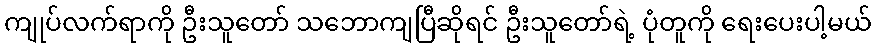
ကျုပ်လက်ရာကို ဦးသူတော် သဘောကျပြီဆိုရင် ဦးသူတော်ရဲ့ ပုံတူကို ရေးပေးပါ့မယ်